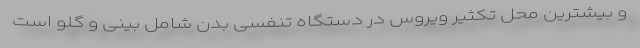
و بیشترین محل تکثیر ویروس در دستگاه تنفسی بدن شامل بینی و گلو است